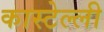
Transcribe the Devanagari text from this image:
कास्टेल्ली